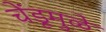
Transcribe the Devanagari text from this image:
चेंडूमुळे